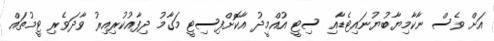
އަށް ވެސް ނާކާމިޔާބުޔުނައިޓެޑާއި ސިޓީ އުއްމީދު އާކޮށްފިސިޓީ މަގާމު ދިފާއުކުރިއިރު ވާދަވެރި ޓީމުތައް